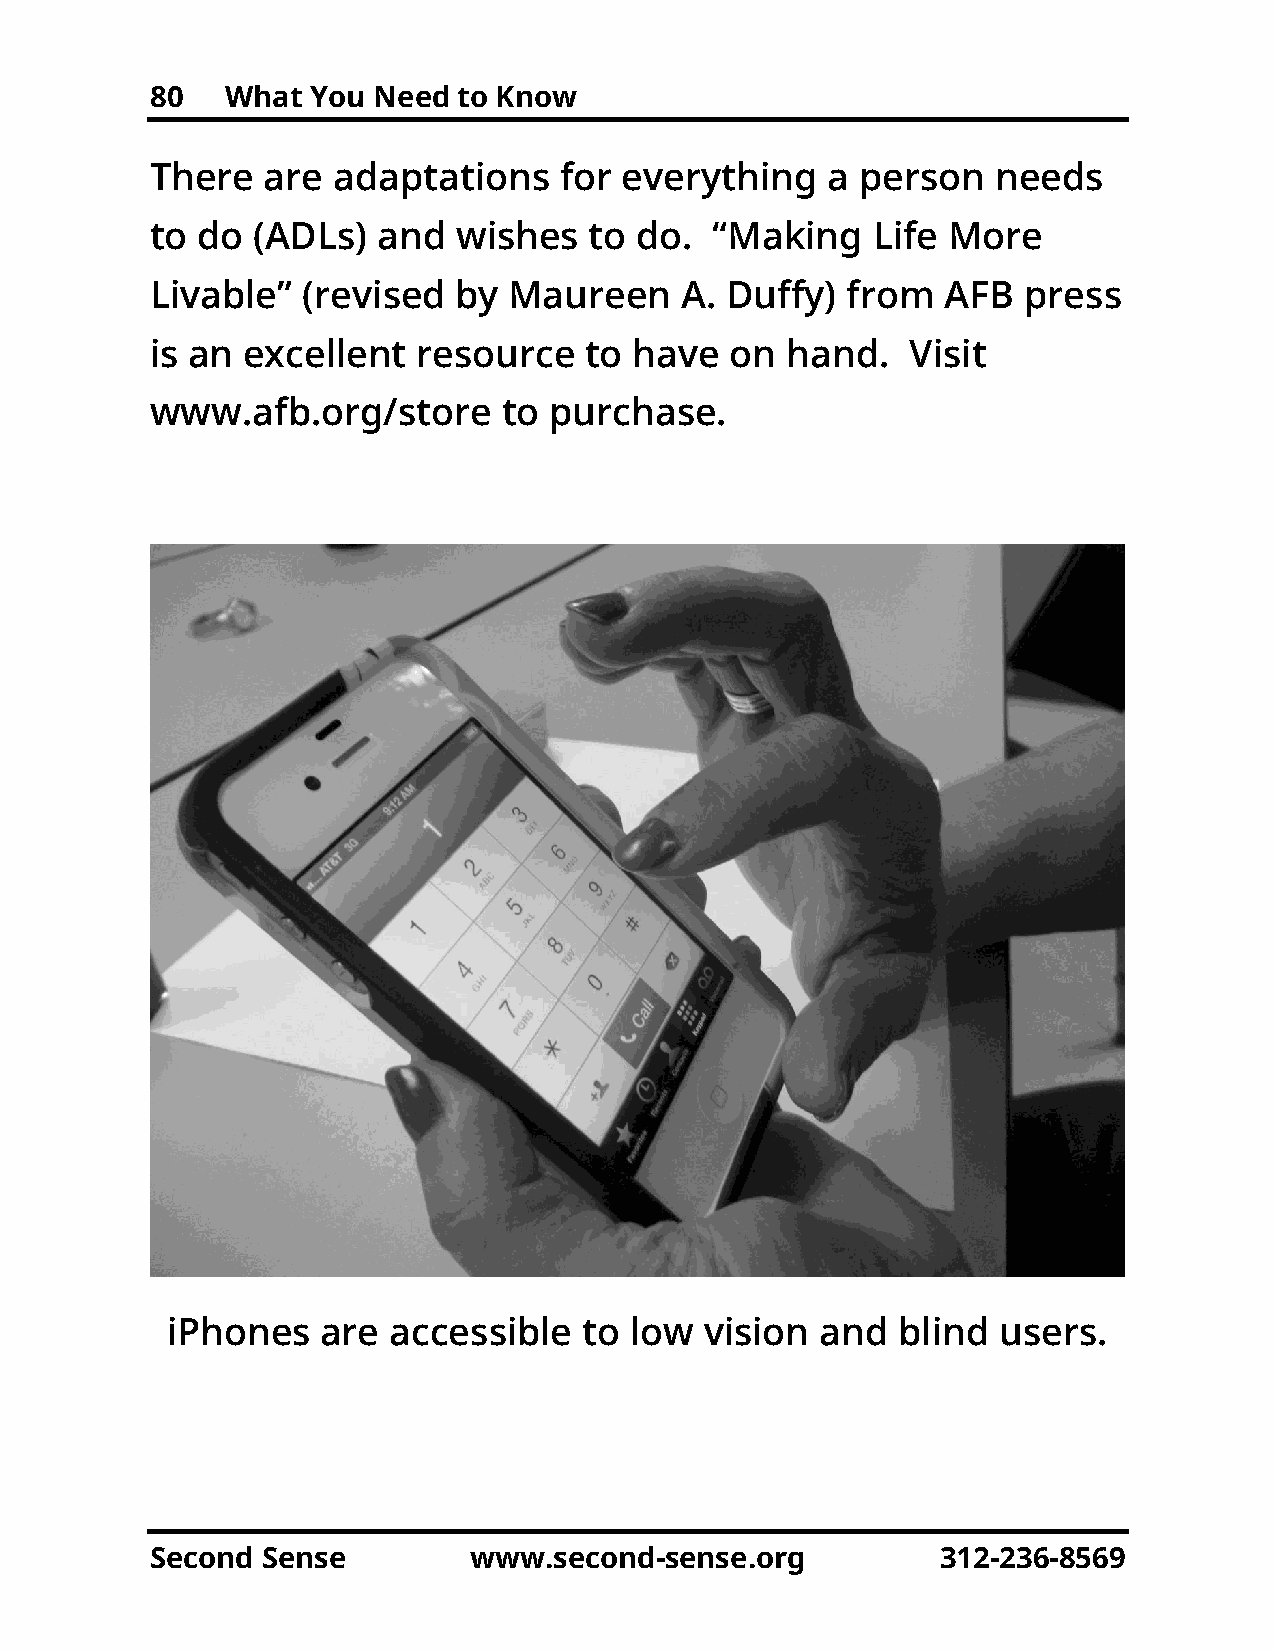
80   What  You Need to Know
 There  are  adaptations    for everything    a person   needs
 to do  (ADLs)  and  wishes   to do.  “Making    Life More
 Livable”  (revised  by  Maureen    A. Duffy)  from   AFB  press
 is an excellent   resource   to have  on  hand.   Visit
 www.afb.org/store      to purchase.
 iPhones   are  accessible   to low  vision and  blind  users.
 Second Sense         www.second-sense.org           312-236-8569